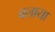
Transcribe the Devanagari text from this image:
बलाया